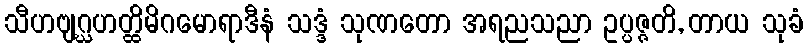
သီဟဗျဂ္ဃဟတ္ထိမိဂမောရာဒီနံ သဒ္ဒံ သုဏတော အရညသညာ ဥပ္ပဇ္ဇတိ, တာယ သုခံ